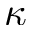
\kappa